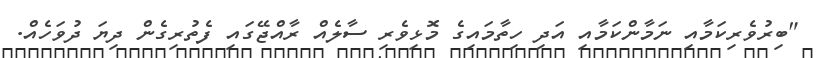
"ބިރުވެރިކަމާއި ނަމާންކަމާއި އަދި ހިތާމައިގެ މޮޅިވެރި ސާލެއް ރާއްޖޭގައި ފެތުރިގެން ދިޔަ ދުވަހެއް.